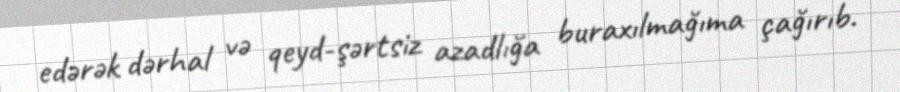
edərək dərhal və qeyd-şərtsiz azadlığa buraxılmağıma çağırıb.